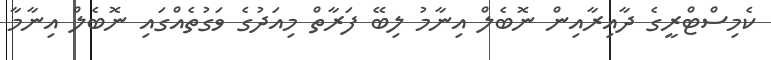
ކެމިސްޓްރީގެ ދާއިރާއިން ނޮބެލް އިނާމު ލިބޭ ފަރާތް މިއަދުގެ ވަގުތެއްގައި ނޮބެލް އިނާމާ